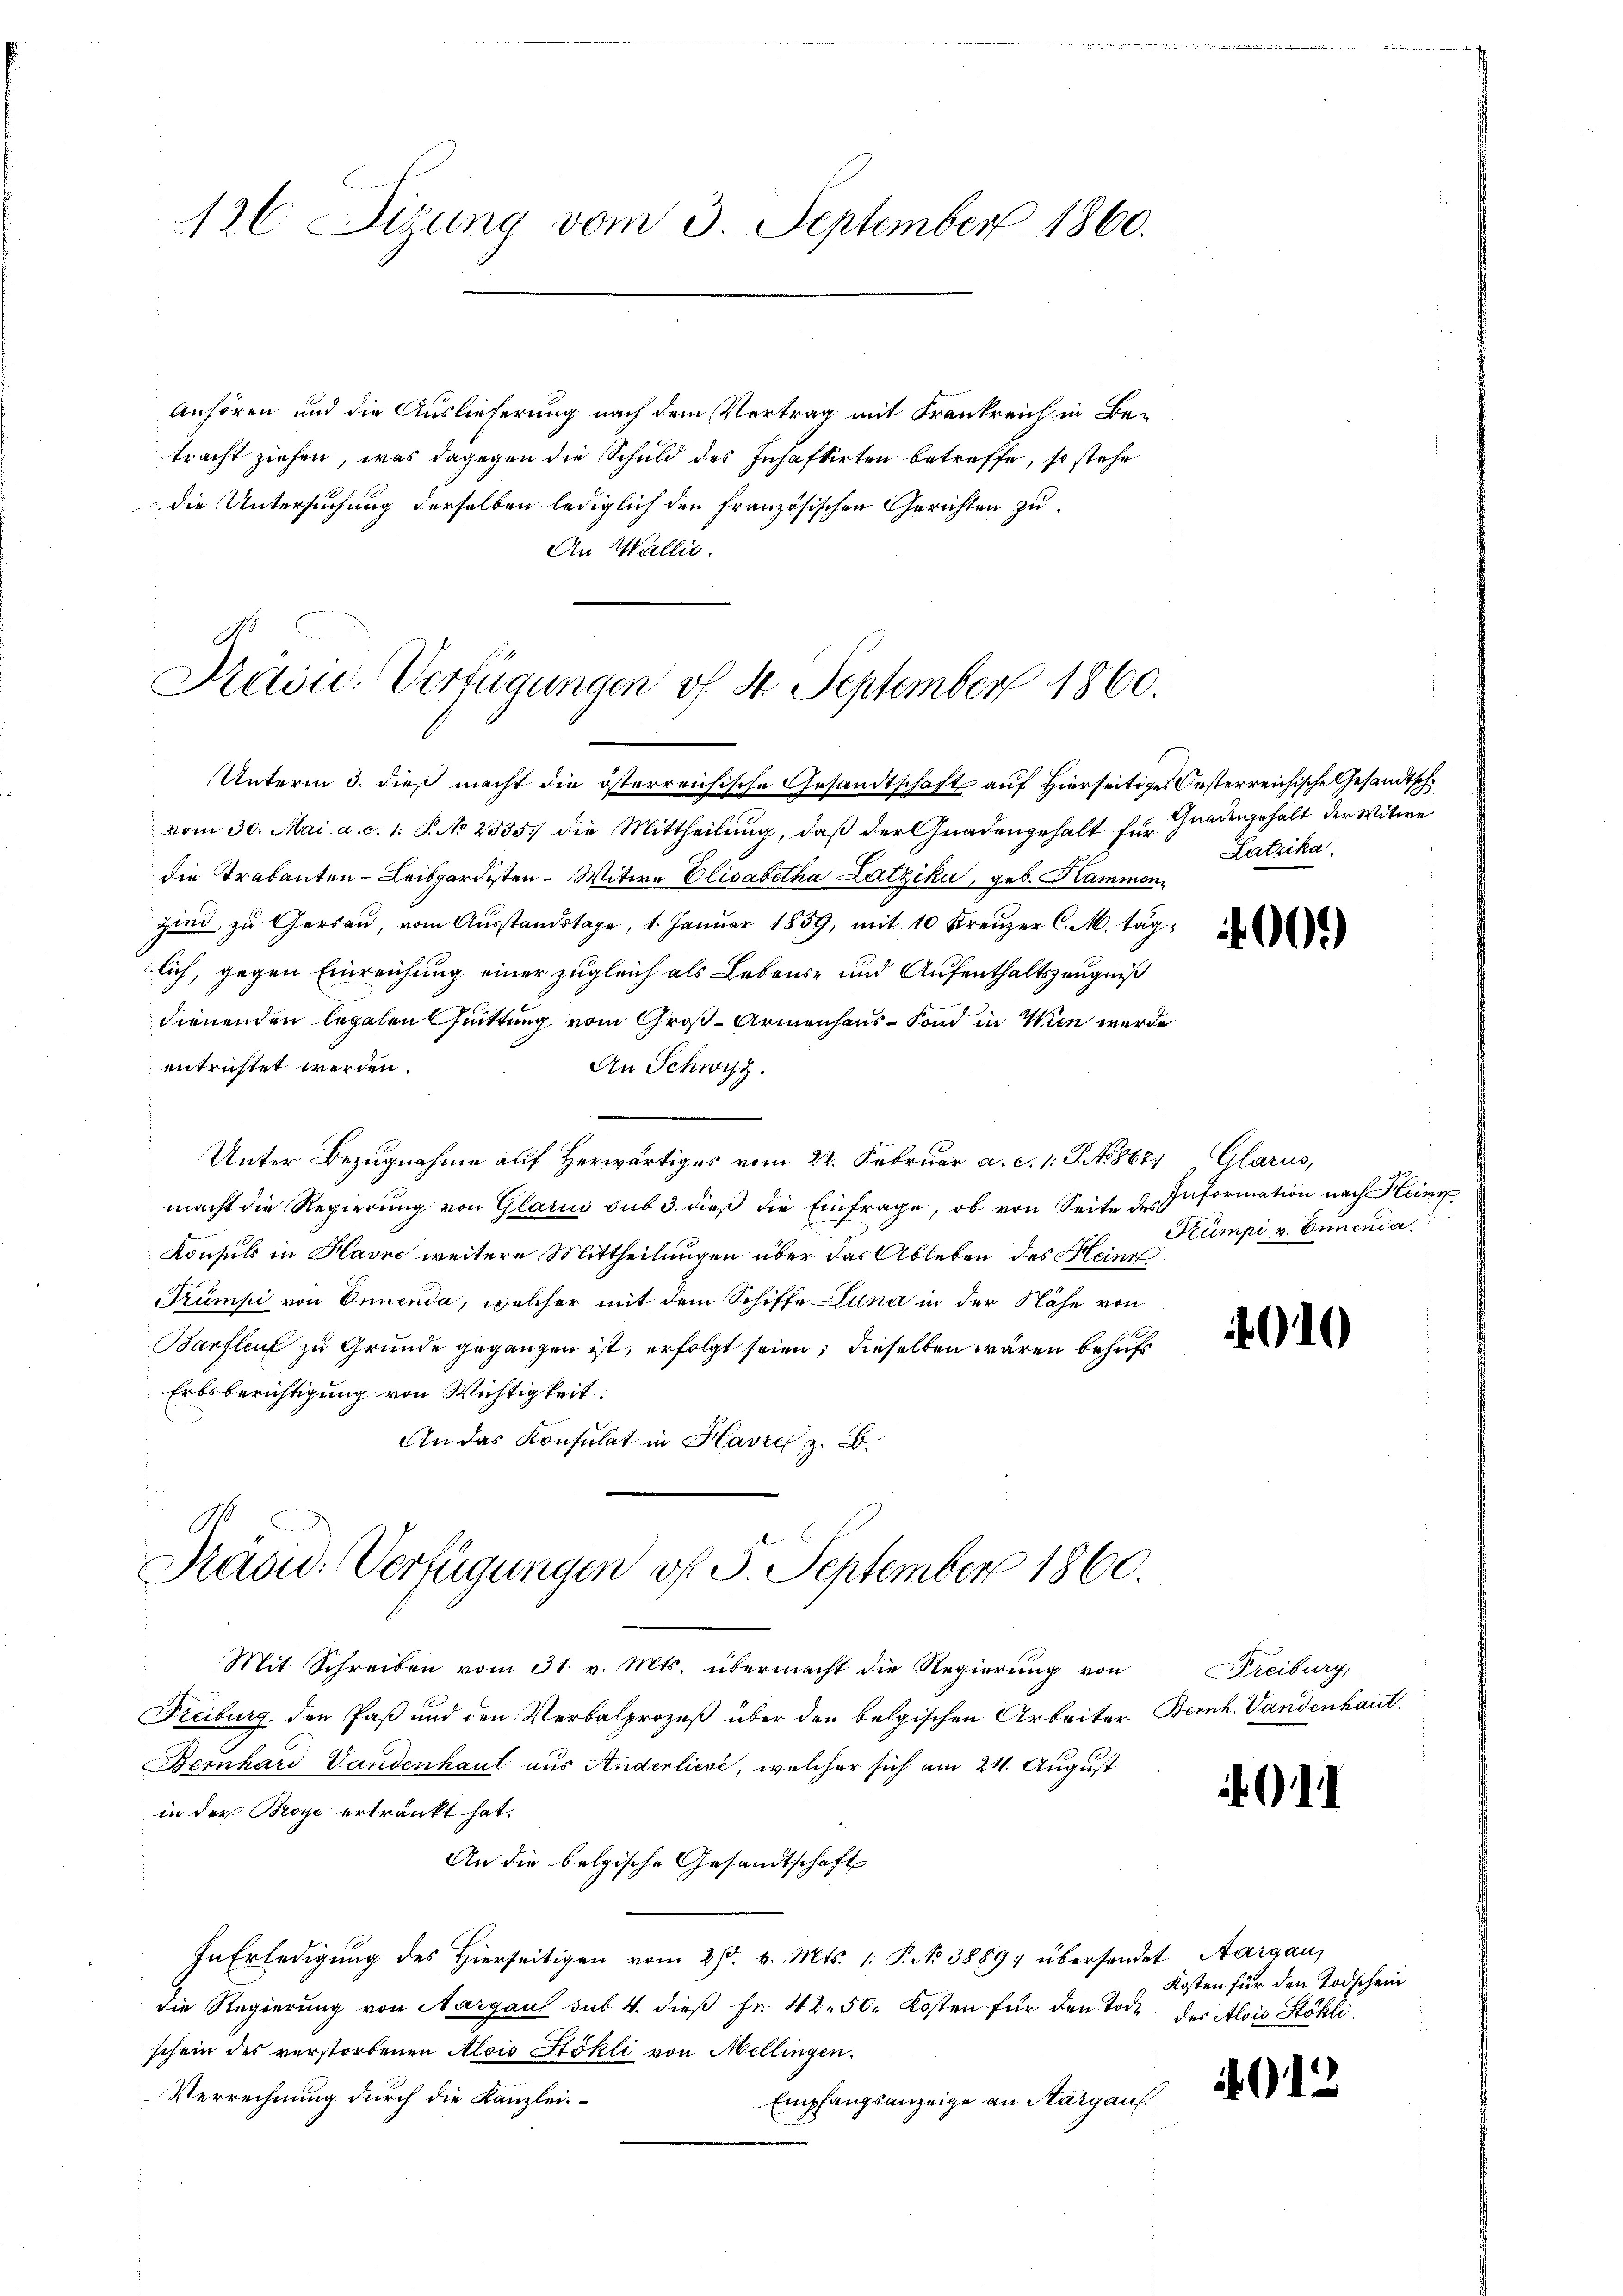
126. Sitzung vom 3. September 1860.

Anhören und die Auslieferung nach dem Vertrag mit Frankreich in Betracht ziehen, was dagegen die Schuld des Inhaftirten betreffe, so stehe
die Untersuchung derselben lediglich den französischen Gerichten zu
An Wallis.

Krain. Verfügungen vf 4. September 1860.

Gnadengehalt der Witwe
Latzika.

Unterm 3. dieß macht die österreichische Gesandtschaft auf Hierseitiges Oesterreichische Gesandtschvom 30. Mai a. c. 1. P. No 2555.) die Mittheilŭng, daβ der Gnadengehalt für
die Trabanten- Leibgardisten - Witwe Elisabetha Latzika, geb. Kammen
zind zu Gersau, vom Ausstandstage, 1. Januar 1859, mit 10 Kreuzer C. M. täglich, gegen Einreichung einer zugleich als Lebens- und Aufenthaltszeugniß
dienenden legalen Quittung vom Groß-Armenhaus - Fond in Wien wurde
entrichtet werden.
An Schwyz.
Unter Bezugnahme auf Herwärtiges vom 22. Februar a. c. 1. J. 188677. Glarus,
macht die Regierung von Glarus sub 3. dieß die Einfrage, ob von Seite des
Konsuls in Havne weitere Mittheilungen über das Ableben des Heinr
Trumpi von Ennenda, welcher mit dem Schiffe Juna in der Nähe von
Barfleut zu Grunde gegangen ist, erfolgt seien; dieselben wären behufs
Erbsberichtigung von Wichtigkeit:
An das Konsulat in Havre, z. B.
Präsid. Verfügungen vf 5. September 1860.
Mit Schreiben vom 31. v. Mts. übermacht die Regierung von
Freiburg, den Paß und den Verbalprozeß über den belgischen Arbeiter Bernh. Vandenhaut.
Bernhard Landenhaut aus Anderlievé, welcher sich am 24. August
in der Broye ertränkt hat.
An die belgische Gesandtschaft
In Erledigung des Hierseitigen vom 2 t v. Mts. 1. P. No 3889; übersendet Aargau,
die Regierung von Aargau sub. 4. dieß Fr. 42. 50. Kosten für den Tode der Alois Stöhlischein des verstorbenen Alois Höhli von Mellingen.
Verrechnung durch die Kanzlei.
Empfangsanzeige an Sargauf

400.

Information nach Heinr
Stümpi v. Ennenda

910

Freiburg,

Kosten für den Todschein

912